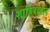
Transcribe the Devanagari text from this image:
शाहिबाबाद